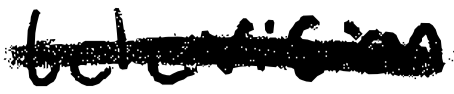
Text: television
Cross-out: single-line
Writing tool: digital_black